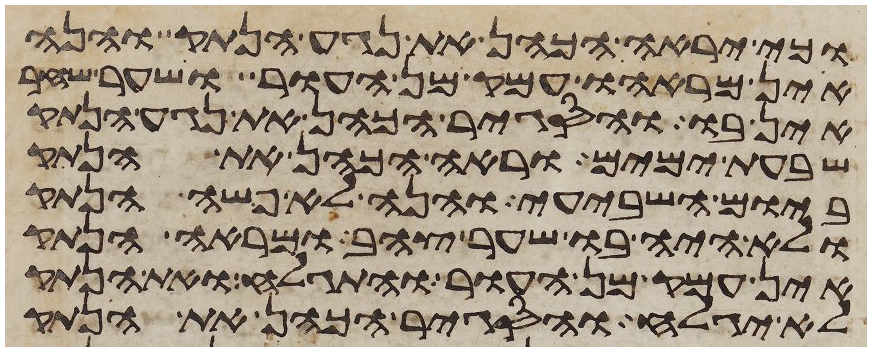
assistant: כי יראה הכהן את נגע הנתק והנה
אין מראהו עמק מן העור ושער שחר
אין בו והסגיר הכהן את נגע הנתק
שבעת ימים וראה הכהן את הנתק
ביום השביעי והנה לא פשה הנתק
ולא היה בו שער צהב ומראה הנתק
אין עמק מן העור והתגלח ואת הנתק
לא יגלח והסגיר הכהן את הנתק